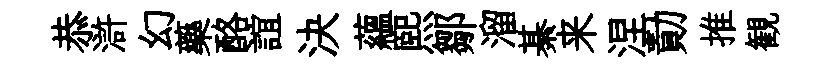
恭滸幻藥酪誼決藴熙鄒溜綦来涅勣推観